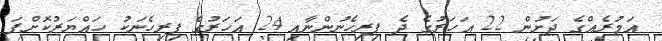
އަމުރެއްގެ ދަށުން 22 އަހަރުގެ ދެ ފިރިހެނުންނާއި 24 އަހަރުގެ ފިރިހެނަކު ހައްޔަރުކޮށްފަ